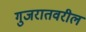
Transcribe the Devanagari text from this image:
गुजरातवरील